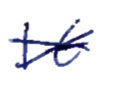
Text: It
Cross-out: cross
Writing tool: ballpoint